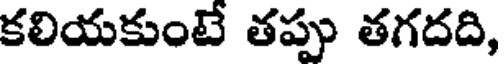
కలియకుంటే తప్పు తగదది,